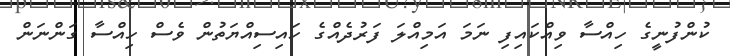
ކުންފުނީގެ ހިއްސާ ވިއްކައިފި ނަމަ އަމިއްލަ ފަރުދެއްގެ ހައިސިއްޔަތުން ވެސް ހިއްސާ ގަންނަން